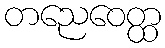
တညေဝေတ္ထ